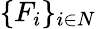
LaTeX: \{ {F}_{i}\} _{i\in N}